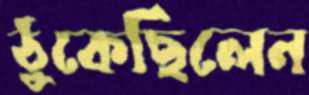
ঠুকেছিলেন